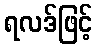
ရလဒ်ဖြင့်